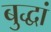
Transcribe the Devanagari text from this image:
बुद्धां